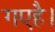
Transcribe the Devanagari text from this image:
गएहै।